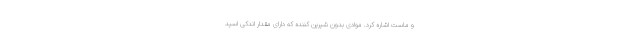
و ماست اشاره کرد. موادی بدون شیرین کننده که دارای مقدار اندکی اسید